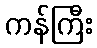
ကန်ကြီး